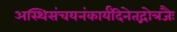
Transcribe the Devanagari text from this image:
अस्थिसंचयनंकार्यंदिनेतद्गोत्रजैः